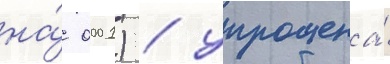
на́ 0001) / упрощена́